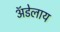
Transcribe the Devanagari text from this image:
अॅडेलाय